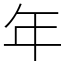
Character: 年